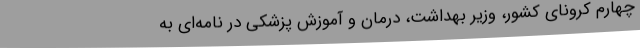
چهارم کرونای کشور، وزیر بهداشت، درمان و آموزش پزشکی در نامه‌ای به